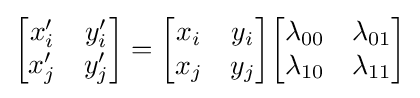
{\begin{bmatrix}x'_{i}&y'_{i}\\x'_{j}&y'_{j}\end{bmatrix}}={\begin{bmatrix}x_{i}&y_{i}\\x_{j}&y_{j}\end{bmatrix}}{\begin{bmatrix}\lambda _{00}&\lambda _{01}\\\lambda _{10}&\lambda _{11}\end{bmatrix}}